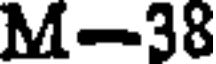
M-38